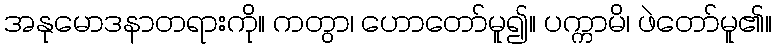
အနုမောဒနာတရားကို။ ကတွာ၊ ဟောတော်မူ၍။ ပက္ကာမိ၊ ဖဲတော်မူ၏။